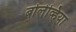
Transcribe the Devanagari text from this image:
बोलेव्हिया